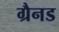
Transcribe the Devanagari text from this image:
ग्रैनड